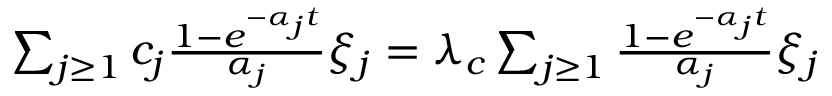
\begin{array} { r } { \sum _ { j \geq 1 } c _ { j } \frac { 1 - e ^ { - \alpha _ { j } t } } { \alpha _ { j } } \xi _ { j } = \lambda _ { c } \sum _ { j \geq 1 } \frac { 1 - e ^ { - \alpha _ { j } t } } { \alpha _ { j } } \xi _ { j } } \end{array}